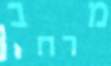
מרחב